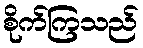
စိုက်ကြသည်